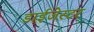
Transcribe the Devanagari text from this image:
डाईजेस्टर